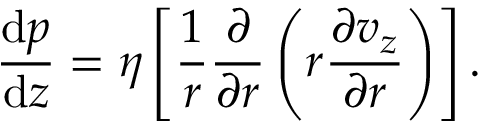
\frac { \mathrm { d } p } { \mathrm { d } z } = \eta \left[ \frac { 1 } { r } \frac { \partial } { \partial r } \left( r \frac { \partial v _ { z } } { \partial r } \right) \right] .